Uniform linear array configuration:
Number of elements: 16
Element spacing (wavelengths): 1
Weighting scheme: kaiser
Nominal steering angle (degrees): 60
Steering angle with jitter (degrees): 60.966
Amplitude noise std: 0.05
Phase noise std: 0.05

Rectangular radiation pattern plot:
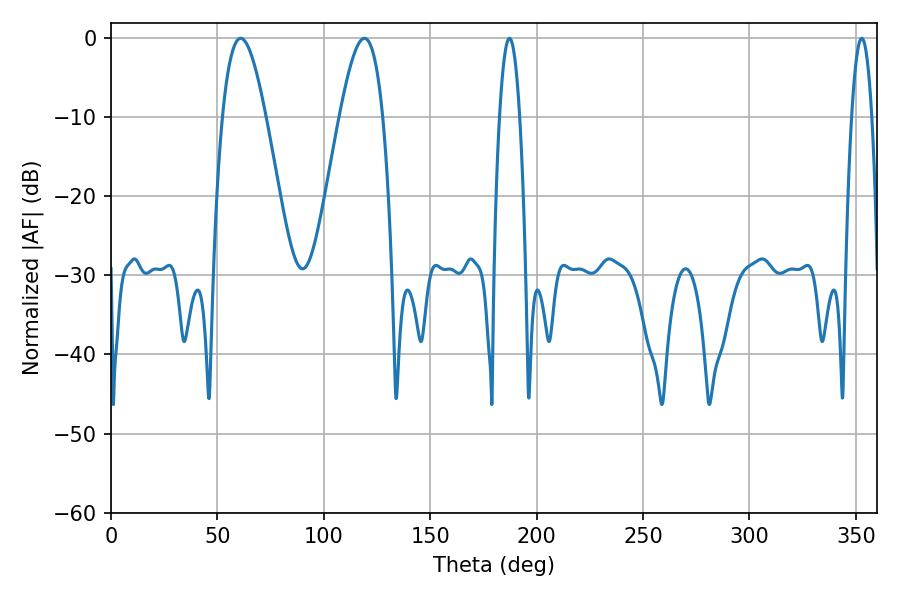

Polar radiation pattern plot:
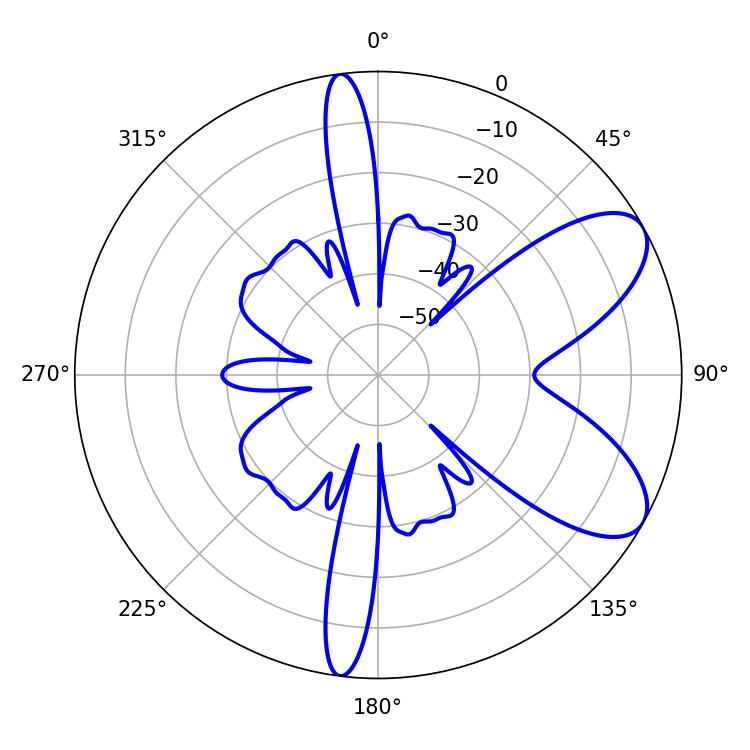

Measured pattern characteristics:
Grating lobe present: TRUE
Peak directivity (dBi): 7.668
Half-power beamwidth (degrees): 5.22
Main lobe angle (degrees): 187.2